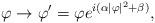
LaTeX: \begin{align*}\varphi\rightarrow \varphi '= \varphi e^{i(\alpha|\varphi|^2 +\beta)}, \end{align*}